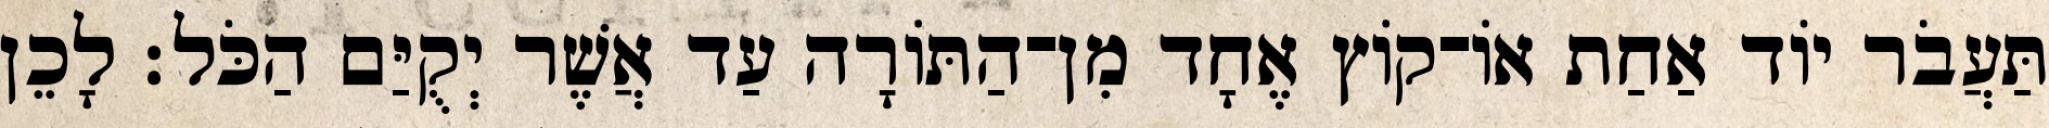
תַּעֲבֹר יוֹד אַחַת אוֹ־קוֹץ אֶחָד מִן־הַתּוֹרָה עַד אֲשֶׁר יְקֻיַּם הַכֹּל׃ לָכֵן